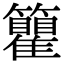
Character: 𬖇